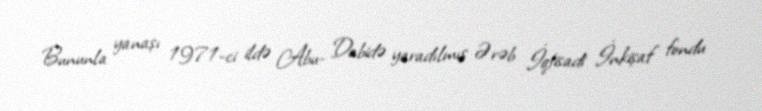
Bununla yanaşı 1971-ci ildə Abu- Dabidə yaradılmış Ərəb İqtisadi İnkişaf fondu